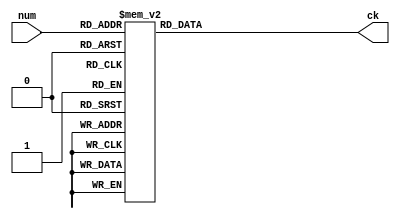

module ck(input [0:4] num,
               output reg [0:31] ck);

always @(*) begin
    case (num)
        5'd0  : ck = 32'h00070E15;
        5'd1  : ck = 32'h1C232A31;
        5'd2  : ck = 32'h383F464D;
        5'd3  : ck = 32'h545B6269;
        5'd4  : ck = 32'h70777E85;
        5'd5  : ck = 32'h8C939AA1;
        5'd6  : ck = 32'hA8AFB6BD;
        5'd7  : ck = 32'hC4CBD2D9;
        5'd8  : ck = 32'hE0E7EEF5;
        5'd9  : ck = 32'hFC030A11;
        5'd10 : ck = 32'h181F262D;
        5'd11 : ck = 32'h343B4249;
        5'd12 : ck = 32'h50575E65;
        5'd13 : ck = 32'h6C737A81;
        5'd14 : ck = 32'h888F969D;
        5'd15 : ck = 32'hA4ABB2B9;
        5'd16 : ck = 32'hC0C7CED5;
        5'd17 : ck = 32'hDCE3EAF1;
        5'd18 : ck = 32'hF8FF060D;
        5'd19 : ck = 32'h141B2229;
        5'd20 : ck = 32'h30373E45;
        5'd21 : ck = 32'h4C535A61;
        5'd22 : ck = 32'h686F767D;
        5'd23 : ck = 32'h848B9299;
        5'd24 : ck = 32'hA0A7AEB5;
        5'd25 : ck = 32'hBCC3CAD1;
        5'd26 : ck = 32'hD8DFE6ED;
        5'd27 : ck = 32'hF4FB0209;
        5'd28 : ck = 32'h10171E25;
        5'd29 : ck = 32'h2C333A41;
        5'd30 : ck = 32'h484F565D;
        5'd31 : ck = 32'h646B7279;
    endcase
end

endmodule